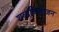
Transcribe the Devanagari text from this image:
शब्दविभाजन